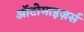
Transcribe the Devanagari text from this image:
ऑटोमाइज़र्स